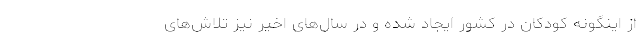
از اینگونه کودکان در کشور ایجاد شده و در سال‌های اخیر نیز تلاش‌های